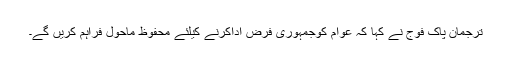
ترجمان پاک فوج نے کہا کہ عوام کوجمہوری فرض اداکرنے کیلئے محفوظ ماحول فراہم کریں گے۔